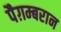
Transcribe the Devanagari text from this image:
पैग़म्बरान